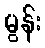
မွန်း